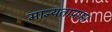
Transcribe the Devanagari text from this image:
मान्यताप्राप्त।